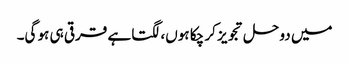
میں دو حل تجویز کر چکا ہوں، لگتا ہے قرقی ہی ہو گی۔